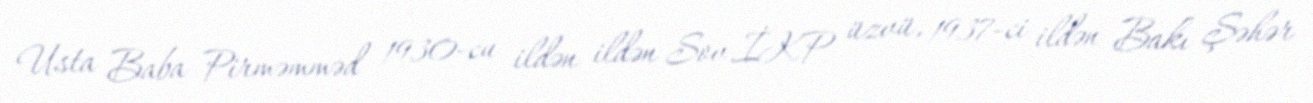
Usta Baba Pirməmməd 1930-cu ildən ildən Sov.İKP üzvü, 1937-ci ildən Bakı Şəhər